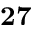
\mathbf { 2 7 }